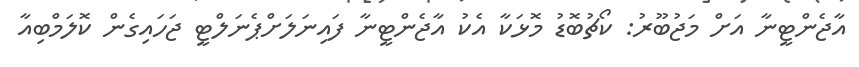
އާޖެންޓީނާ އަށް މަޖުބޫރު: ކޯޗުބޮޑު މޮޅަކާ އެކު އާޖެންޓީނާ ފައިނަލަށްޕެނަލްޓީ ޖަހައިގެން ކޮލަމްބިއާ